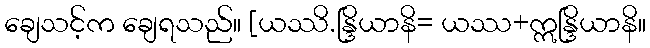
ချေသင့်က ချေရသည်။ [ယဿိ.န္ဒြိယာနိ= ယဿ+ဣန္ဒြိယာနိ။